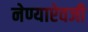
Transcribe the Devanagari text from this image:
नेण्याऐवजी